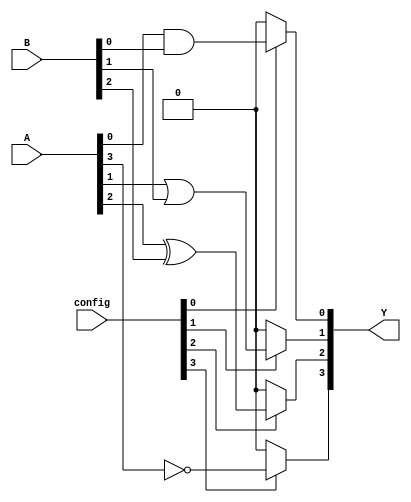
module CLB (
    input wire [3:0] A,              // Input signals (4-bit)
    input wire [3:0] B,              // Input signals (4-bit)
    input wire [3:0] config,         // Configuration signals to select logic operations
    output wire [3:0] Y              // Output signals (4-bit)
);

// Internal wire for logic operations
wire and_out, or_out, xor_out, not_out;

// Logic functions
assign and_out = A[0] & B[0];      // AND operation
assign or_out  = A[1] | B[1];      // OR operation
assign xor_out = A[2] ^ B[2];      // XOR operation
assign not_out = ~A[3];            // NOT operation

// Output logic based on configuration
assign Y[0] = (config[0]) ? and_out : 1'b0; // Select AND output if config bit 0 is set
assign Y[1] = (config[1]) ? or_out : 1'b0;  // Select OR output if config bit 1 is set
assign Y[2] = (config[2]) ? xor_out : 1'b0; // Select XOR output if config bit 2 is set
assign Y[3] = (config[3]) ? not_out : 1'b0; // Select NOT output if config bit 3 is set

endmodule